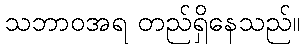
သဘာဝအရ တည်ရှိနေသည်။